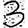
Digit: 3